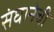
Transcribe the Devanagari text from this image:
संघानेची